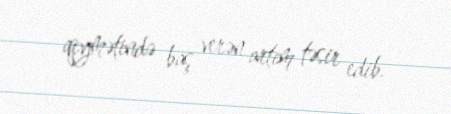
qiymətində baş verən artım təsir edib.